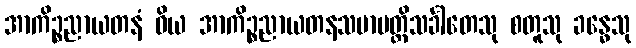
အာကိဉ္စညာယတနံ ဝိယ အာကိဉ္စညာယတနသမာပတ္တိသင်္ခါတေသု စတူသု ခန္ဓေသု